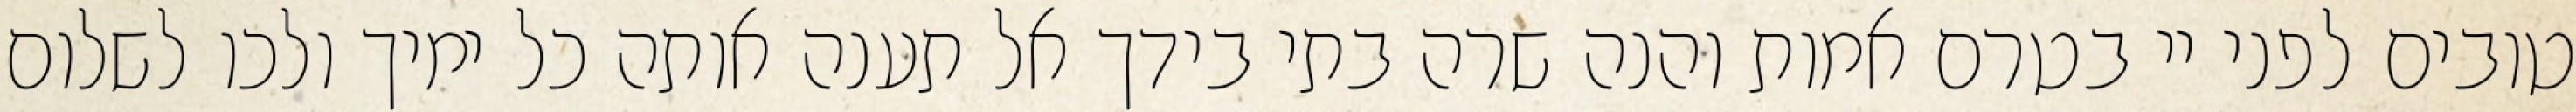
טובים לפני יי בטרם אמות והנה שרה בתי בידך אל תענה אותה כל ימיך ולכו לשלום